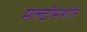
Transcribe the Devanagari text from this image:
मल्टीमशीन